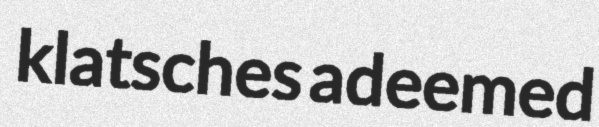
klatsches adeemed